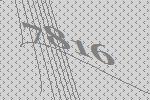
7816